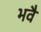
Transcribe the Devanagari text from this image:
भवै